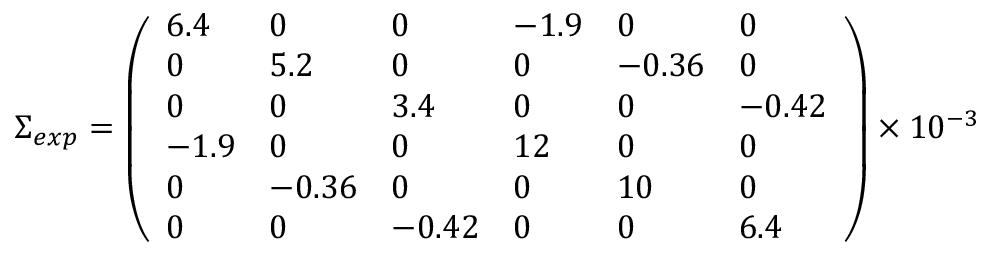
\begin{array} { r } { \Sigma _ { e x p } = \left( \begin{array} { l l l l l l } { 6 . 4 } & { 0 } & { 0 } & { - 1 . 9 } & { 0 } & { 0 } \\ { 0 } & { 5 . 2 } & { 0 } & { 0 } & { - 0 . 3 6 } & { 0 } \\ { 0 } & { 0 } & { 3 . 4 } & { 0 } & { 0 } & { - 0 . 4 2 } \\ { - 1 . 9 } & { 0 } & { 0 } & { 1 2 } & { 0 } & { 0 } \\ { 0 } & { - 0 . 3 6 } & { 0 } & { 0 } & { 1 0 } & { 0 } \\ { 0 } & { 0 } & { - 0 . 4 2 } & { 0 } & { 0 } & { 6 . 4 } \end{array} \right) \times 1 0 ^ { - 3 } } \end{array}